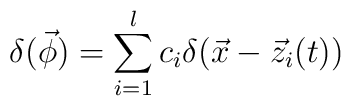
\delta (\vec \phi )=\sum_{i=1}^lc_i\delta (\vec x-\vec z_i(t))